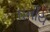
ઘનીય